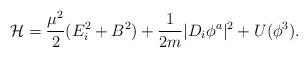
LaTeX: \begin{align*}{\cal H}=\frac{\mu^2}{2} (E_i^2 + B^2 ) +\frac{1}{2m} |D_i \phi^a |^2 +U(\phi^3).\end{align*}